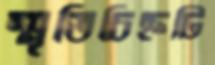
স্মৃতিচিহ্নটি